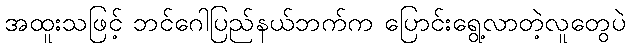
အထူးသဖြင့် ဘင်ဂေါပြည်နယ်ဘက်က ပြောင်းရွေ့လာတဲ့လူတွေပဲ